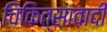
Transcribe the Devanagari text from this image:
चिकित्सावादी